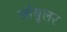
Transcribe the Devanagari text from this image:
लॉबुलर